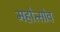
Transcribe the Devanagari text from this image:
महोत्सोव